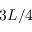
3 L / 4